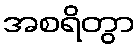
အစရိတွာ